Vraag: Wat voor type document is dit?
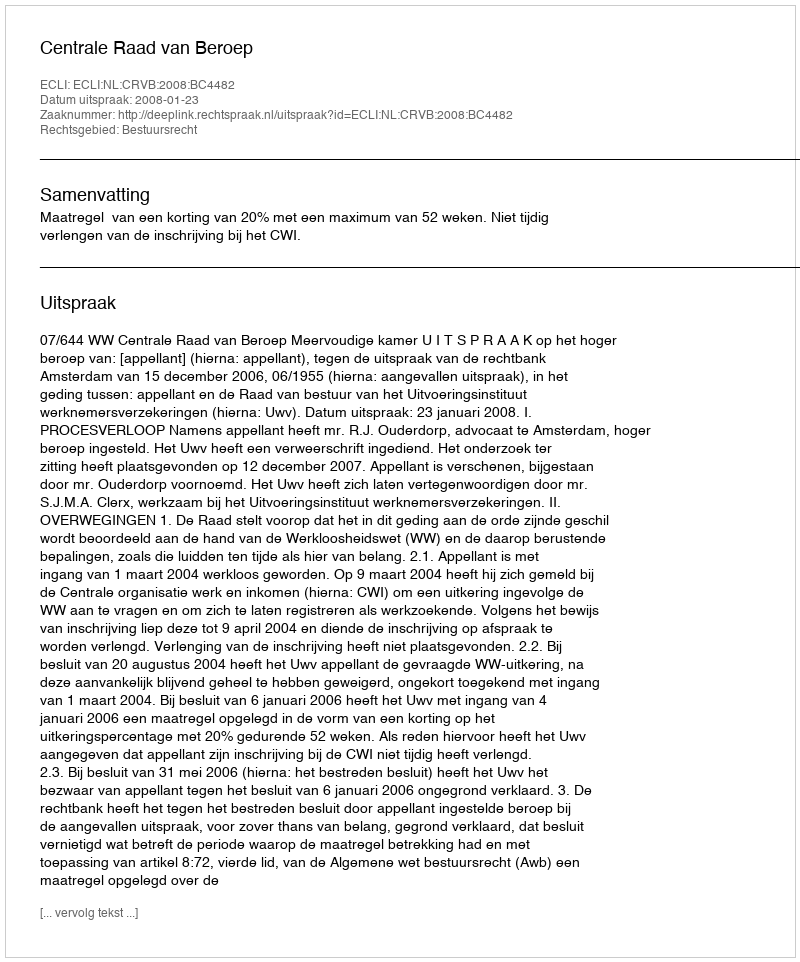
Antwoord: Uitspraak